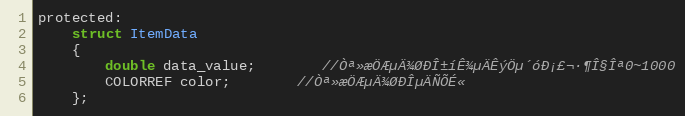
Language: C
protected:
	struct ItemData
	{
		double data_value;		//Òª»æÖÆµÄ¾ØÐÎ±íÊ¾µÄÊýÖµ´óÐ¡£¬·¶Î§Îª0~1000
		COLORREF color;		//Òª»æÖÆµÄ¾ØÐÎµÄÑÕÉ«
	};